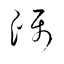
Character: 躡